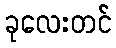
ခုလေးတင်